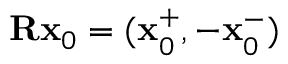
\mathbf { R } \mathbf { x } _ { 0 } = ( \mathbf { x } _ { 0 } ^ { + } , - \mathbf { x } _ { 0 } ^ { - } )